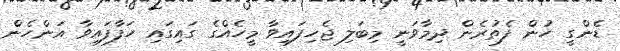
ޑެންގީ ހުން ފެތުރެން ދިމާވަނީ މިބަލި ޖެހިފައިވާ މީހެއްގެ ގައިގައި ހަފާފައިވާ އަންހެން